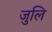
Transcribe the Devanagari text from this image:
जुलि